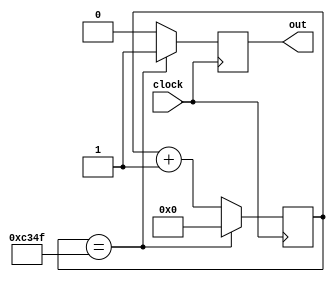
`timescale 1ns / 100ps //unit time is 1ns, resolution 100ps

module div_50000 (clock, out);

   parameter BIT_SZ = 16;
	input clock;
	output out;
	
	
	reg [BIT_SZ-1:0] count;
	reg out;
	
	initial out = 0;
	initial count = 0;
	
	always @ (posedge clock)
	begin
		if (count == 16'd49999) begin
			out <= 1'b1;
			count <= 1'b0; end
		else begin
		   count <= count + 1'b1;
			out <= 1'b0; end
		
end
endmodule